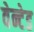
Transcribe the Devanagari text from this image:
वेन्टेड